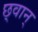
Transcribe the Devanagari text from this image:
छ्वान्